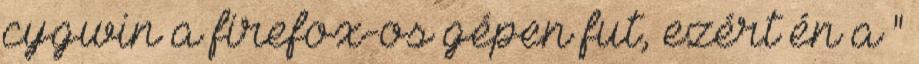
cygwin a firefox-os gépen fut, ezért én a "